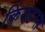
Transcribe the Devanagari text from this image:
किंगडम्स